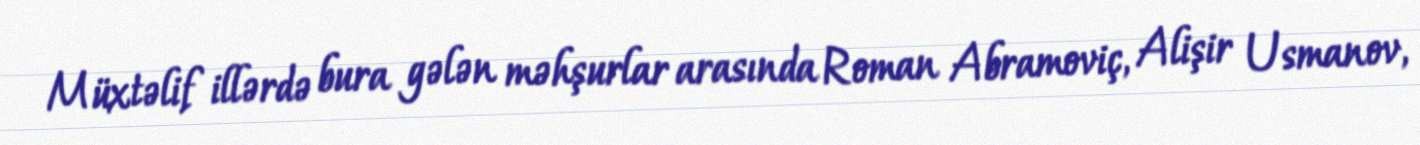
Müxtəlif illərdə bura gələn məhşurlar arasında Roman Abramoviç, Alişir Usmanov,